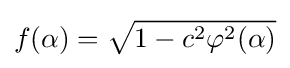
f(\alpha )={\sqrt {1-c^{2}\varphi ^{2}(\alpha )}}